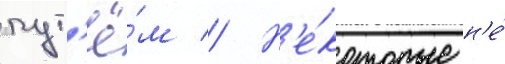
пут'ё́м // Н'е́которые н'е́